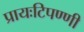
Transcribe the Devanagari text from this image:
प्रायःटिपण्णी